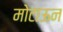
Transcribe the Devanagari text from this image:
मोटाऊन